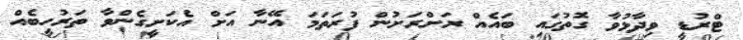
ޓްރުޑީ ވިދާޅުވާ ގޮތުގައި ބައެއް ރަށްރަށުން ފުރަތަމަ އޭނާ އަށް އެކަށީގެންވާ ތަރުހީބެއް